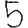
Digit: 5